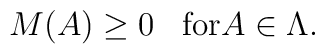
M(A) \geq 0 \;\;\; {\rm for} A \in \Lambda.